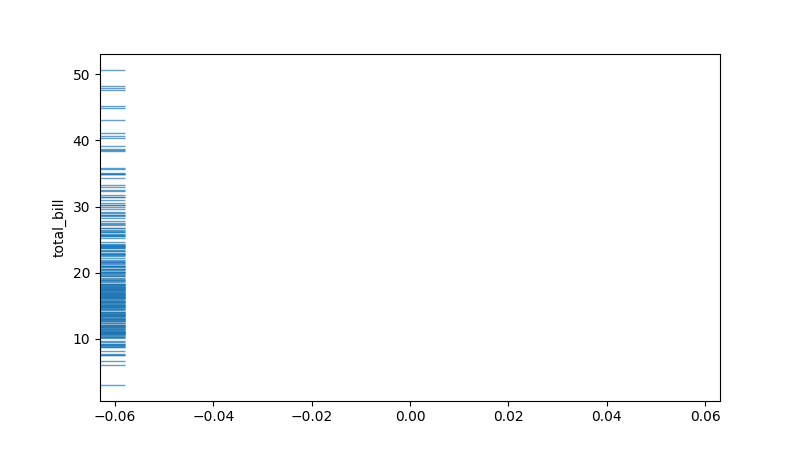
python, seaborn, rugplot, height=0.04, axis='y', alpha=0.7